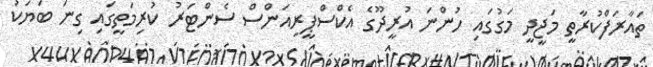
ތައާރަފްކުރާތީ މަޖީދީ މަގުގައި ހުންނަ އުރީދޫގެ އެކްސްޕީރިއަންސް ސެންޓަރު ކުރިމަތީގައި ގިނަ ބަޔަކު